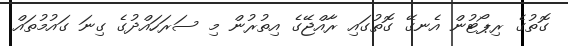
ގޮތުގެ ރިޕޯޓުން އެނގޭ ގޮތުގައި ރާއްޖޭގެ އިތުރުން މި ސަރަހައްދުގެ ގިނަ ގައުމުތައް